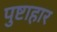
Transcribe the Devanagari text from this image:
पुष्टाहार